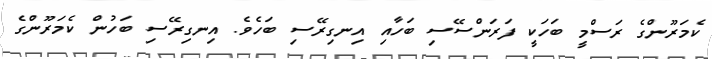
ކެމަރޫންގެ ރަސްމީ ބަހަކީ ފަރަންސޭސި ބަހާއި އިނގިރޭސި ބަހެވެ. އިނގިރޭސި ބަހުން ކެމަރޫންގެ